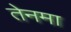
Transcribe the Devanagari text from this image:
तेनमा